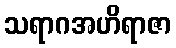
သရာဂအဟိရာဇာ